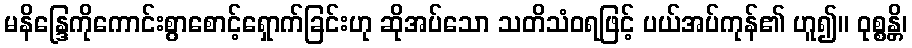
မနိန္ဒြေကိုကောင်းစွာစောင့်ရှောက်ခြင်းဟု ဆိုအပ်သော သတိသံဝရဖြင့် ပယ်အပ်ကုန်၏ ဟူ၍။ ဝုစ္စန္တိ၊